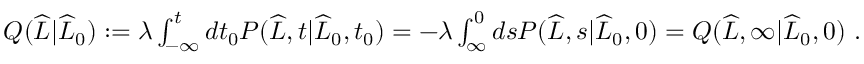
\begin{array} { r } { Q ( \widehat { L } | \widehat { L } _ { 0 } ) : = \lambda \int _ { - \infty } ^ { t } d t _ { 0 } P ( \widehat { L } , t | \widehat { L } _ { 0 } , t _ { 0 } ) = - \lambda \int _ { \infty } ^ { 0 } d s P ( \widehat { L } , s | \widehat { L } _ { 0 } , 0 ) = Q ( \widehat { L } , \infty | \widehat { L } _ { 0 } , 0 ) \ . } \end{array}